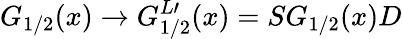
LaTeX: G_{1/2}(x)\rightarrow G_{1/2}^{L\prime}(x)=SG_{1/2}(x)D